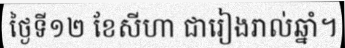
ថ្ងៃទី១២ ខែសីហា ជារៀងរាល់ឆ្នាំ។